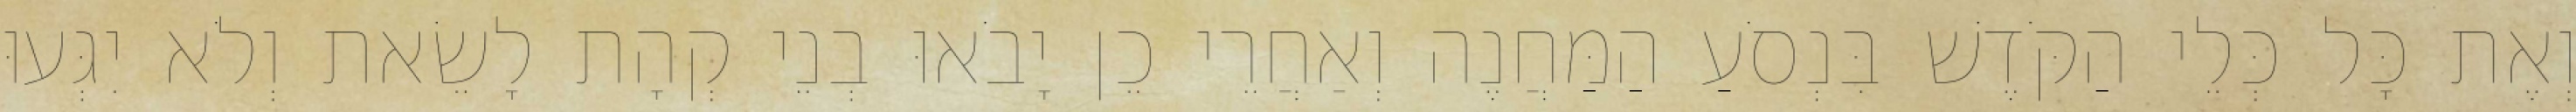
וְאֶת כָּל כְּלֵי הַקֹּדֶשׁ בִּנְסֹעַ הַמַּחֲנֶה וְאַחֲרֵי כֵן יָבֹאוּ בְנֵי קְהָת לָשֵׂאת וְלֹא יִגְּעוּ